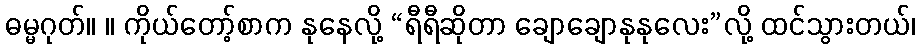
ဓမ္မဂုတ်။ ။ ကိုယ်တော့်စာက နုနေလို့ “ရီရီဆိုတာ ချောချောနုနုလေး”လို့ ထင်သွားတယ်၊